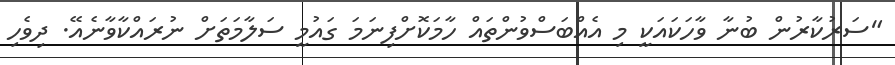
"ސަރުކާރުން ބުނާ ވާހަކައަކީ މި އެއްބަސްވުންތައް ހާމަކޮށްފިނަމަ ގައުމީ ސަލާމަތަށް ނުރައްކާވާނެއޭ. ދިވެހި